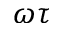
\omega \tau